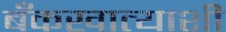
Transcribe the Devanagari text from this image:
बँकखात्याशी